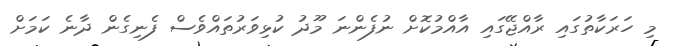
މި ހަރަކާތުގައި ރާއްޖޭގައި އާއްމުކޮށް ނުފެންނަ މޫދު ކުޅިވަރުތައްވެސް ފެނިގެން ދާނެ ކަމަށް